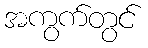
အကွက်တွင်